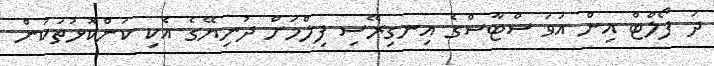
ދަ ފޯލްޓް އިން އަވަ ސްޓާސްގެ އިނގިރޭސި ފިލްމަށް ދުނިޔޭގެ އެކި ކަންކޮޅުތަކުން